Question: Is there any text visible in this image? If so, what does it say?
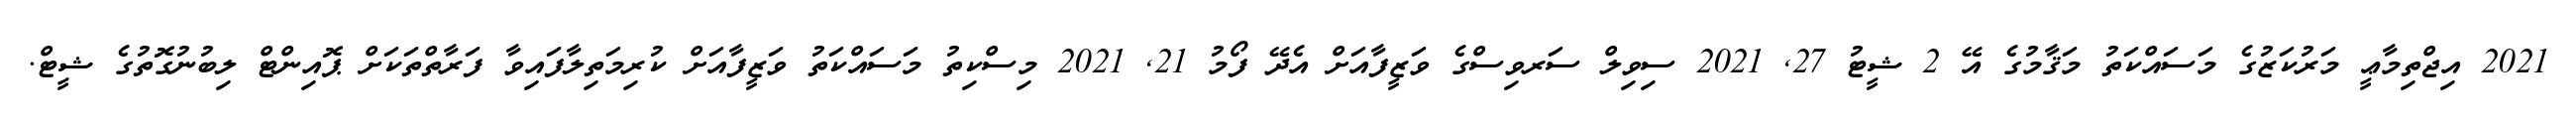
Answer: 2021 އިޖްތިމާޢީ މަރުކަޒުގެ މަސައްކަތު މަޤާމުގެ އޭ 2 ޝީޓު 27, 2021 ސިވިލް ސަރވިސްގެ ވަޒީފާއަށް އެދޭ ފޯމު 21, 2021 މިސްކިތު މަސައްކަތު ވަޒީފާއަށް ކުރިމަތިލާފައިވާ ފަރާތްތަކަށް ޕޮއިންޓް ލިބުނުގޮތުގެ ޝީޓް.